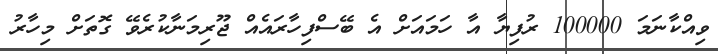
ވިއްކާނަމަ 100000 ރުފިޔާ އާ ހަމައަށް އެ ބޭސްފިހާރައެއް ޖޫރިމަނާކުރެވޭ ގޮތަށް މިހާރު